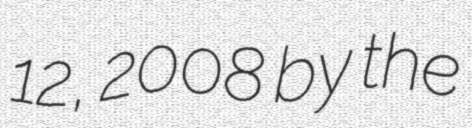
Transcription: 12, 2008 by the